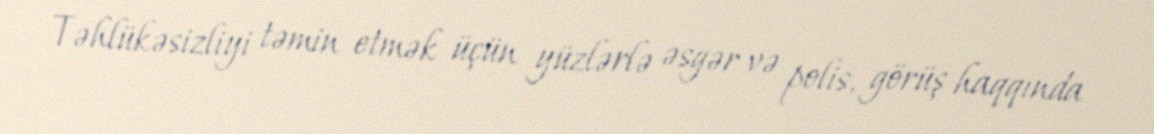
Təhlükəsizliyi təmin etmək üçün yüzlərlə əsgər və polis, görüş haqqında